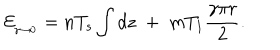
{ \cal E } _ { { } _ { \gamma \to 0 } } = n T _ { s } \int d z \; + \; m T _ { 1 } \frac { \gamma \pi r } { 2 } .